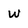
Character: w